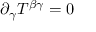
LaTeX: \partial _ { \gamma } T ^ { \beta \gamma } = 0